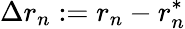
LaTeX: \Delta r_{n}:=r_{n}-r_{n}^{\ast}